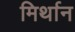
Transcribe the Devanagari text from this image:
मिर्थान